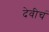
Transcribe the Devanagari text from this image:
देवीचं